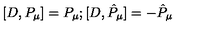
[ D , P _ { \mu } ] = P _ { \mu } ; [ D , { \hat { P } } _ { \mu } ] = - { \hat { P } } _ { \mu }